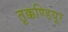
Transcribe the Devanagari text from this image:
तृक्कण्डियूर